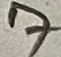
Text: 7